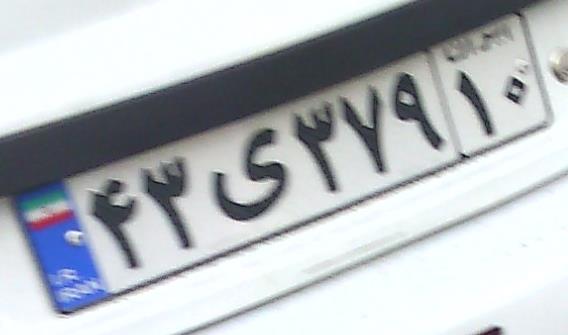
۴۳ی۳۷۹۱۰